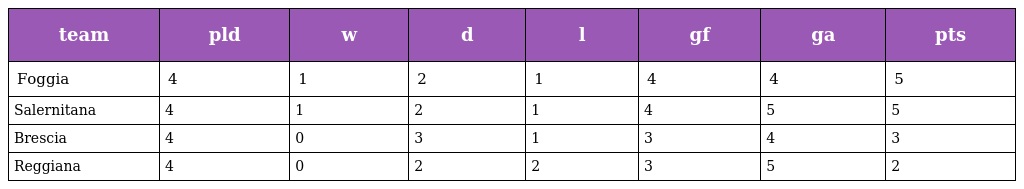
| team | pld | w | d | l | gf | ga | pts |
 | --- | --- | --- | --- | --- | --- | --- | --- |
 | Foggia | 4 | 1 | 2 | 1 | 4 | 4 | 5 |
 | Salernitana | 4 | 1 | 2 | 1 | 4 | 5 | 5 |
 | Brescia | 4 | 0 | 3 | 1 | 3 | 4 | 3 |
 | Reggiana | 4 | 0 | 2 | 2 | 3 | 5 | 2 |